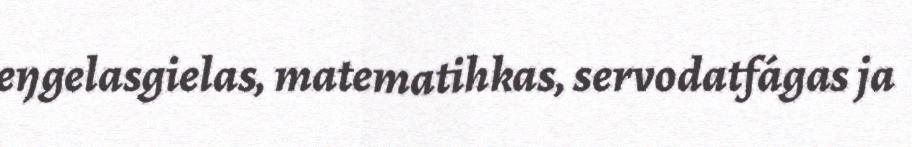
eŋgelasgielas, matematihkas, servodatfágas ja